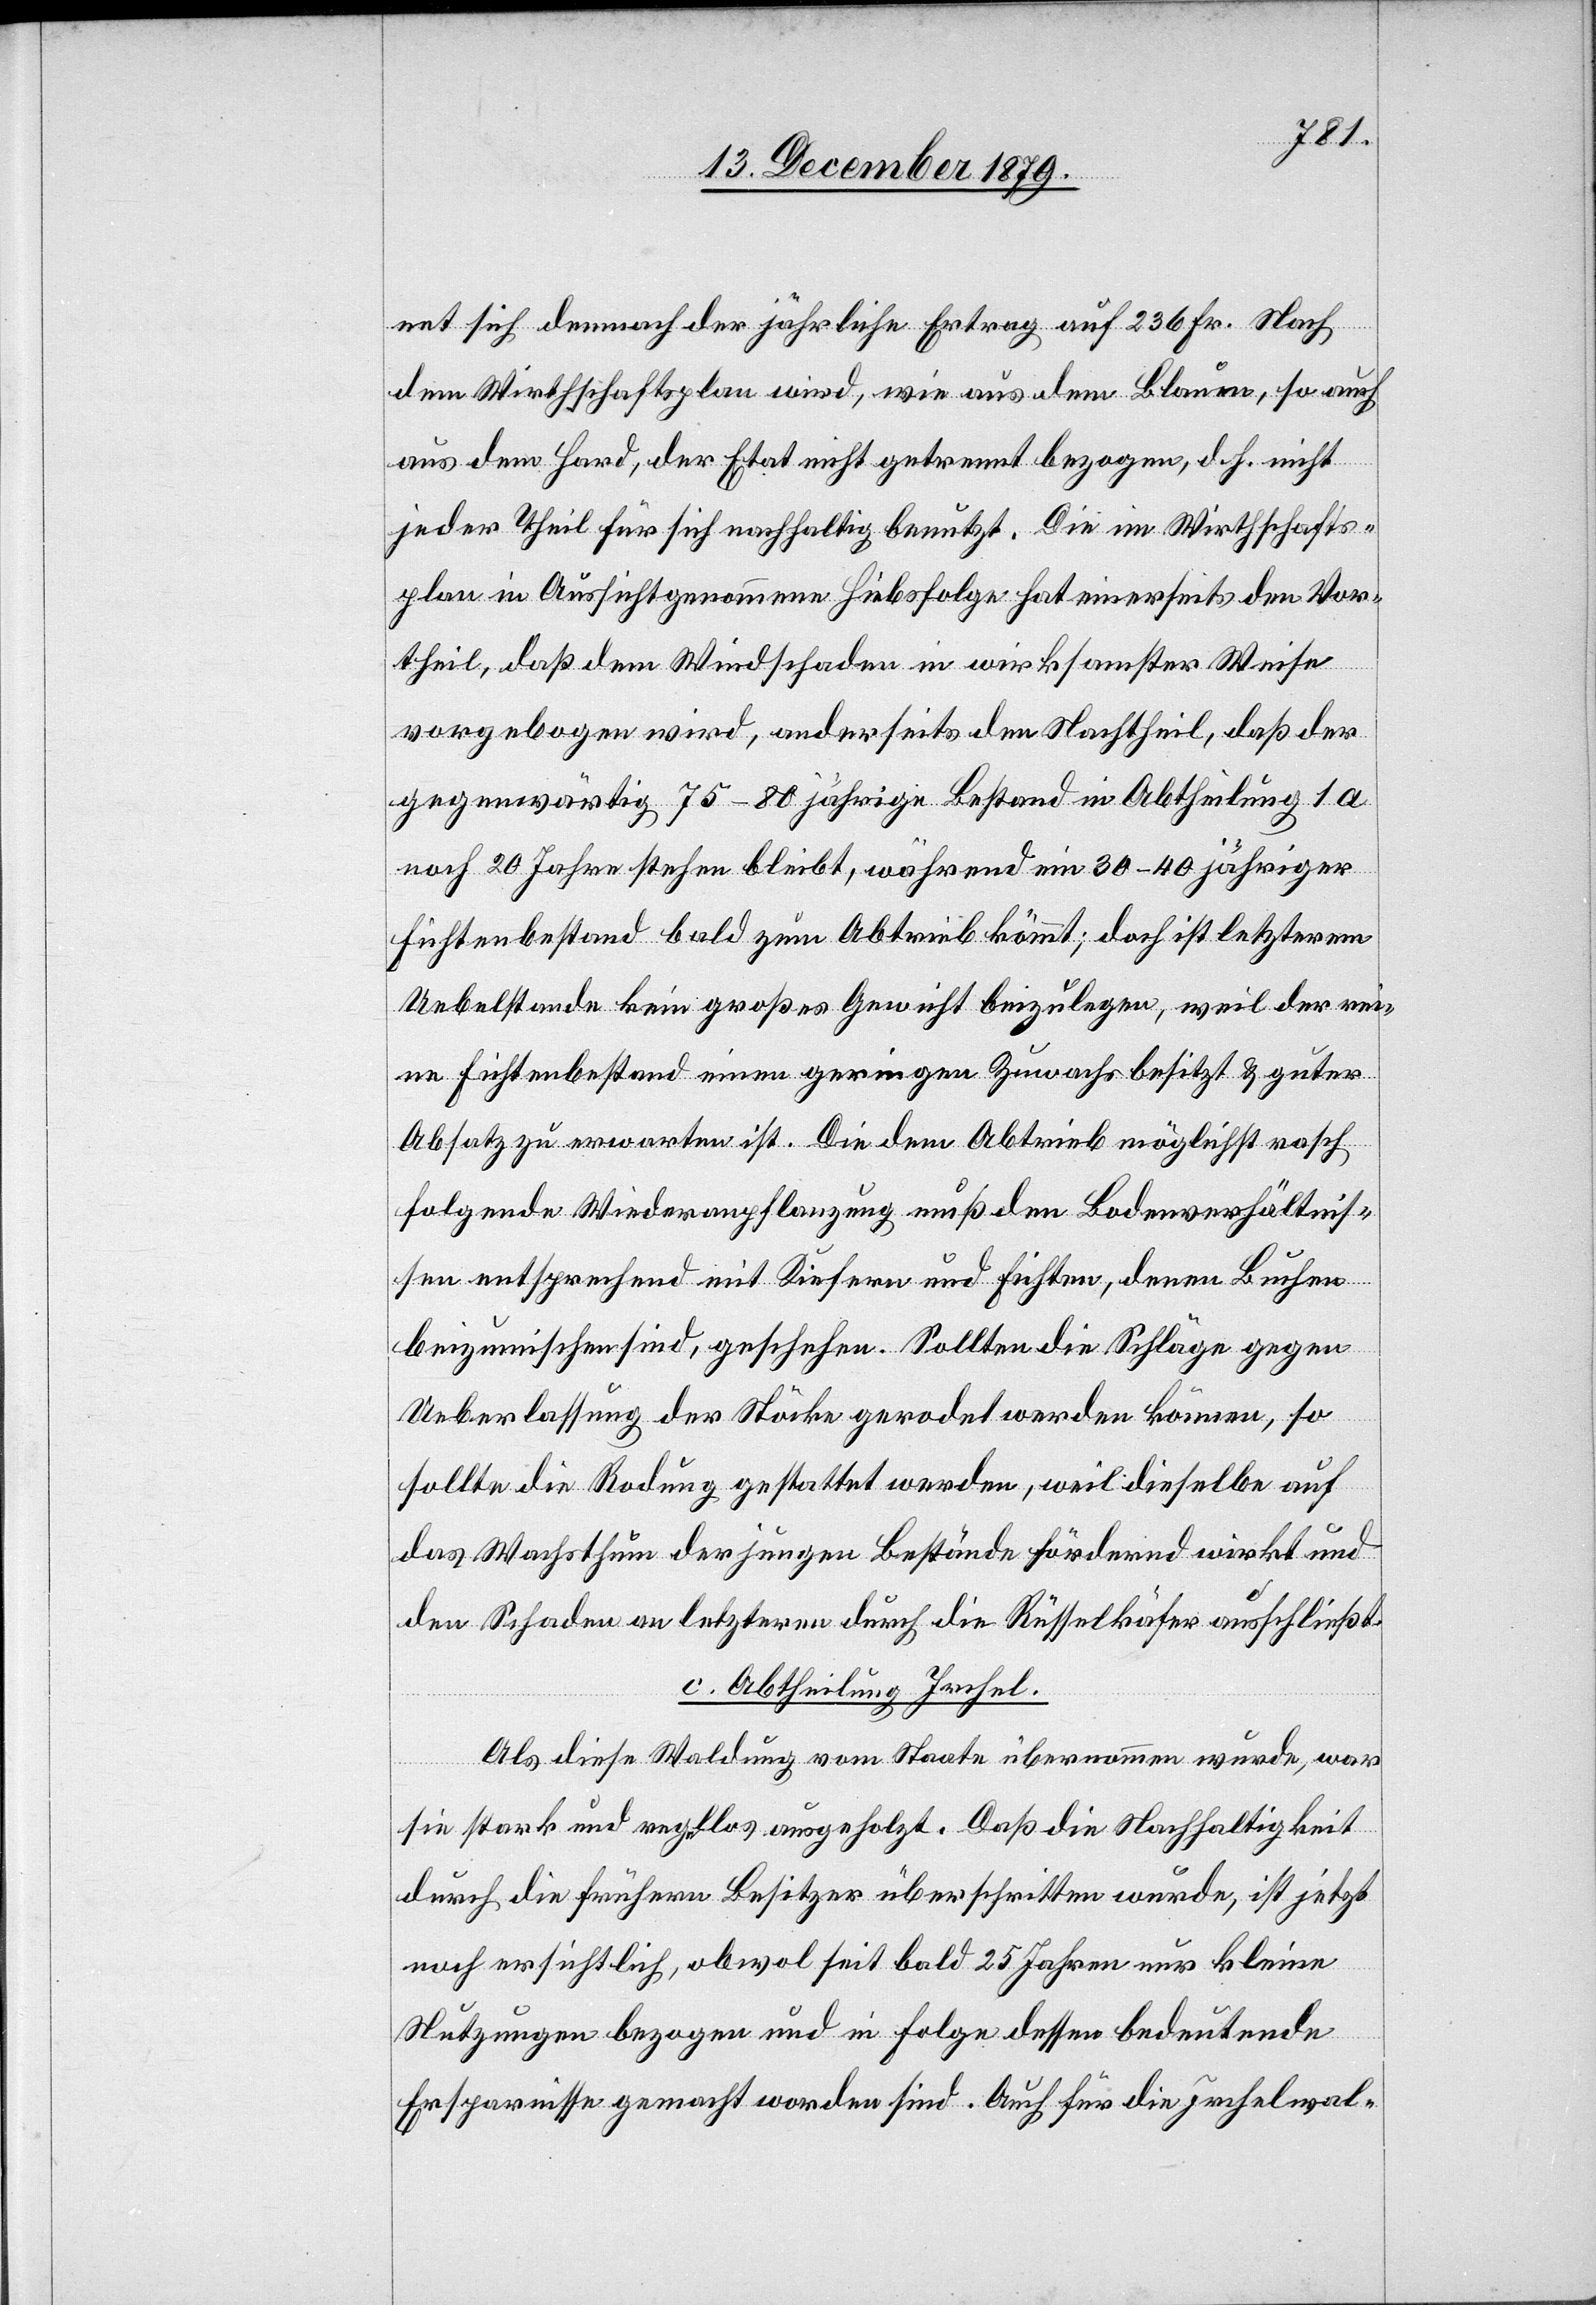
net sich dennoch der jährliche Ertrag auf 236 Fr. Nach
dem Wirthschaftsplan wird, wie aus dem Blauen, so auch
aus dem Hard, der Etat nicht getrennt bezogen, d. h. nicht
jeder Theil für sich nachhaltig benutzt. Die im Wirthschafts¬
plan in Aussicht genommene Hiebsfolge hat einerseits den Vor¬
theil, daß dem Windschaden in wirksamster Weise
vorgebogen wird, anderseits den Nachtheil, daß der
gegenwärtig 75–89jährige Bestand in Abtheilung 1a
nach 20 Jahren stehen bleibt, während ein 30–40jähriger
Fichtenbestand bald zum Abtrieb kömmt; doch ist letzterem
Uebelstande kein großes Gewicht beizulegen, weil der rei¬
ne Fichtenbestand einen geringen Zuwachs besitzt & guter
Absatz zu erwarten ist. Die dem Abtrieb möglichst rasch
folgende Wiederanpflanzung muß den Bodenverhältnis¬
sen entsprechend mit Kiefern und Fichten, denen Buchen
beizumischen sind, geschehen. Sollten die Schläge gegen
Ueberlassung der Stöcke gerodet werden können, so
sollte die Rodung gestattet werden, weil dieselbe auf
das Wachstum der jungen Bestände fördernd wirkt und
den Schaden an letztern durch die Rüsselkäfer ausschließt.
c. Abtheilung Irchel.
Als diese Waldung vom Staate übernommen wurde, war
sie stark und regllos [sic!] ausgeholzt. Daß die Nachhaltigkeit
durch die frühern Besitzer überschritten wurde, ist jetzt
noch ersichtlich, obwol seit bald 25 Jahren nur kleine
Nutzungen bezogen und in Folge dessen bedeutende
Ersparnisse gemacht worden sind. Auch für die Irchelwal-